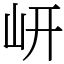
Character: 岍